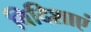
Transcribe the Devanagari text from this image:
विदिशाएं